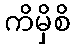
ကိမှိစိ